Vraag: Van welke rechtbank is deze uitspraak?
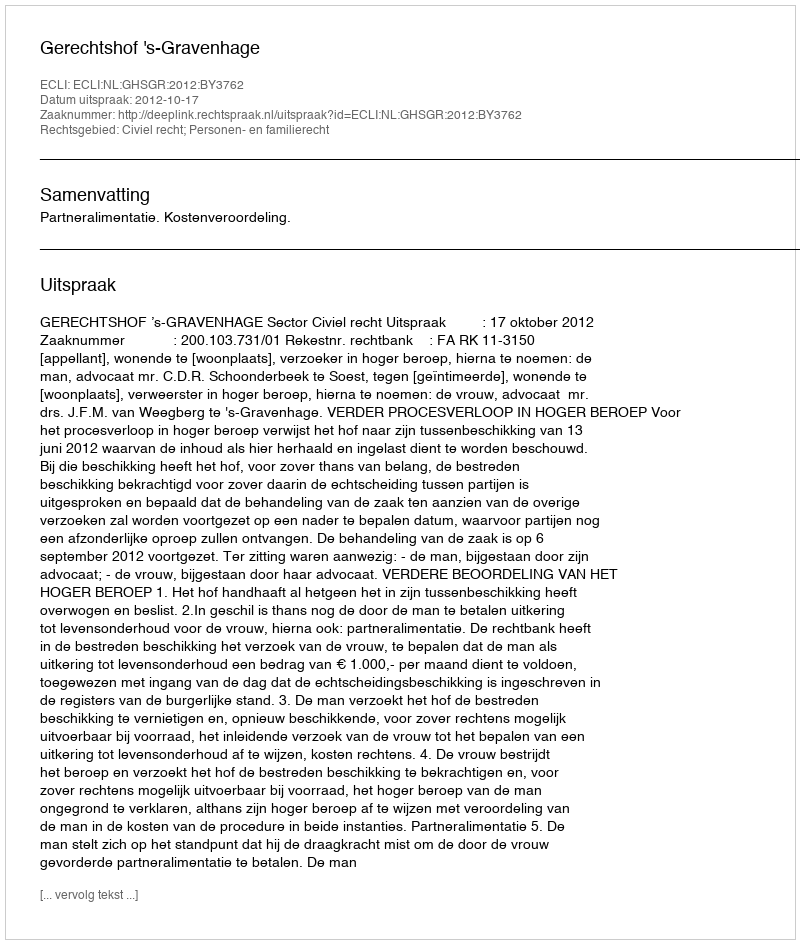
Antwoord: Gerechtshof 's-Gravenhage